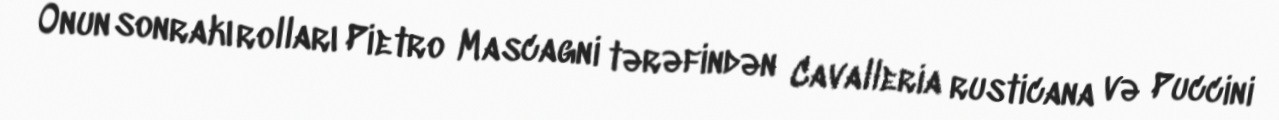
Onun sonrakı rolları Pietro Mascagni tərəfindən Cavalleria rusticana və Puccini